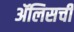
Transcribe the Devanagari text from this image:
ॲलिसची